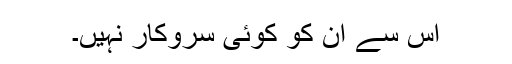
اس سے ان کو کوئی سروکار نہیں۔